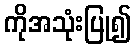
ကိုအသုံးပြု၍